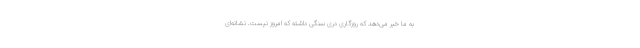
به ما خبر می‌دهد که روزگاری دری سنگی داشته که امروز نیست. نشانه‌ای